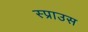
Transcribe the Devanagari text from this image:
स्प्राउस